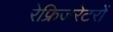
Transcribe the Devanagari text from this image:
रेफ्रिजरेटरों